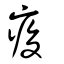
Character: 痠